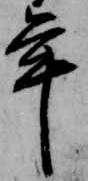
年